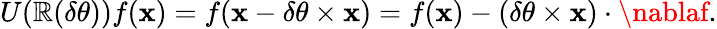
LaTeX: U(\mathbb{R}(\delta\mathbf{{\theta}}))f(\mathbf{{x}})=f(\mathbf{{x}}-\delta\mathbf{{\theta}}\times\mathbf{{x}})=f(\mathbf{{x}})-(\delta\mathbf{{\theta}}\times\mathbf{{x}})\cdot\nablaf.